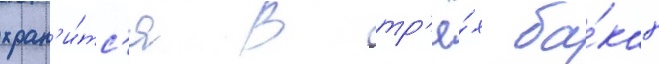
хран'и́тс'я в тр'ё́х ба́ках